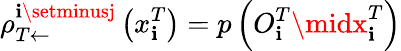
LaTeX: \rho_{T\leftarrow}^{\mathbf{i}\setminusj}\left(x_{\mathbf{i}}^{T}\right)=p\left({O}_{\mathbf{i}}^{T}\midx_{\mathbf{i}}^{T}\right)